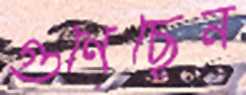
গুণেছেন